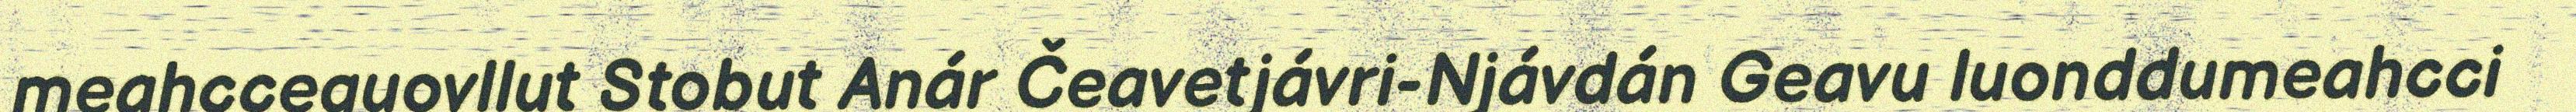
meahcceguovllut Stobut Anár Čeavetjávri-Njávdán Geavu luonddumeahcci